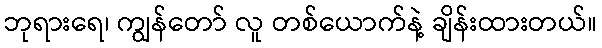
ဘုရားရေ၊ ကျွန်တော် လူ တစ်ယောက်နဲ့ ချိန်းထားတယ်။